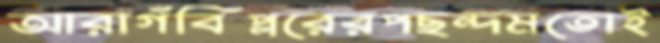
আরাগঁবিপ্লরেরপছন্দমতোই